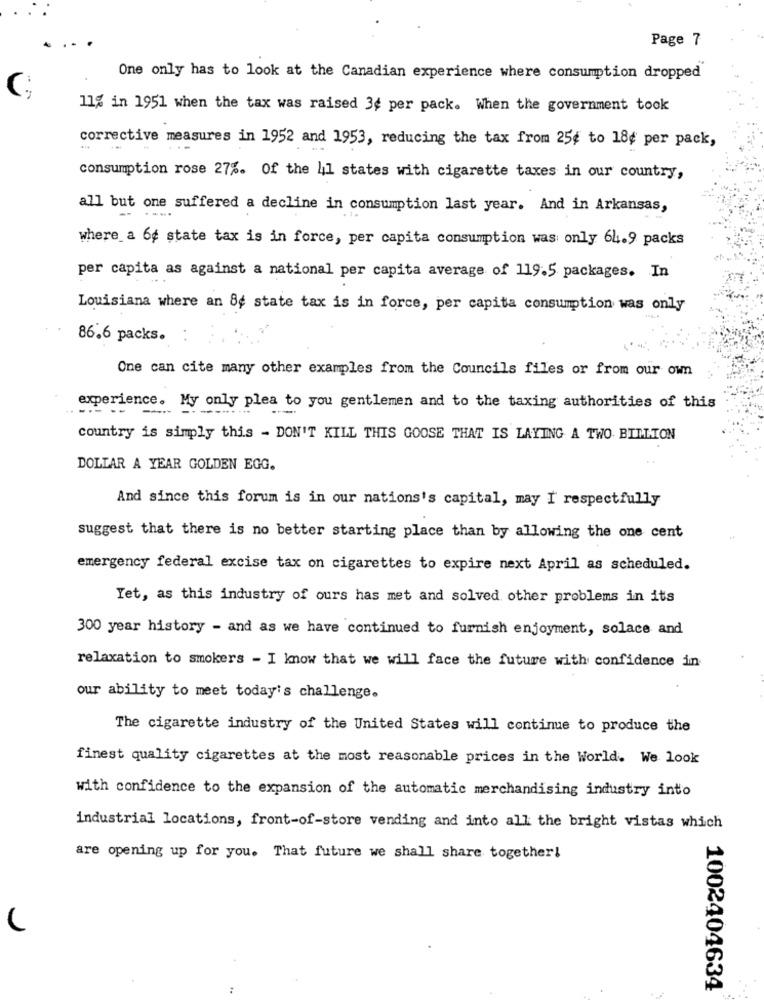
Page 7
One only has to look at the Canadian experience where consumption dropped
C;
11% in 1951 when the tax was raised 3¢ per pack. When the government took
corrective measures in 1952 and 1953, reducing the tax from 25¢ to 18¢ per pack,
... ...
consumption rose 27%. Of the 41 states with cigarette taxes in our country,
all but one suffered a decline in consumption last year. And in Arkansas,
.....
where a 6¢ state tax is in force, per capita consumption was only 64.9 packs
per capita as against a national per capita average of 119.5 packages. In
Louisiana where an 8¢ state tax is in force, per capita consumption was only
86.6 packs.
One can cite many other examples from the Councils files or from our own
experience. My only plea to you gentlemen and to the taxing authorities of this
country is simply this - DON'T KILL THIS GOOSE THAT IS LAYING A TWO BILLION
DOLLAR A YEAR GOLDEN EGG.
And since this forum is in our nations's capital, may I respectfully
suggest that there is no better starting place than by allowing the one cent
emergency federal excise tax on cigarettes to expire next April as scheduled.
Yet, as this industry of ours has met and solved other problems in its
300 year history - and as we have continued to furnish enjoyment, solace and
relaxation to smokers - I know that we will face the future with confidence in
our ability to meet today's challenge.
The cigarette industry of the United States will continue to produce the
finest quality cigarettes at the most reasonable prices in the World. We look
with confidence to the expansion of the automatic merchandising industry into
industrial locations, front-of-store vending and into all the bright vistas which
are opening up for you. That future we shall share together!
1002404634